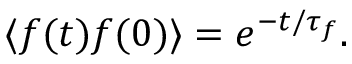
\langle f ( t ) f ( 0 ) \rangle = e ^ { - t / \tau _ { f } } .